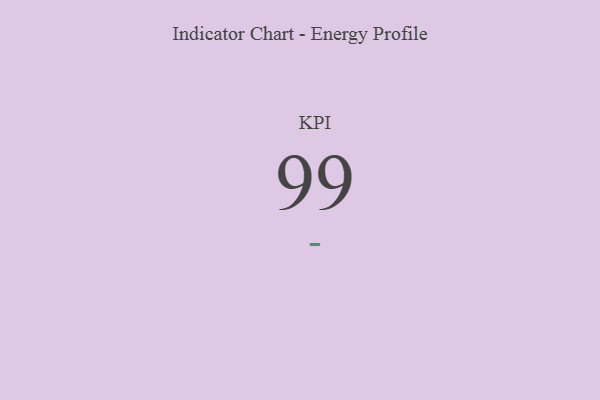
{"axis": {"x": "KPI", "y": "Value"}, "legend": [""], "data": [{"x": "KPI", "y": 99, "type": ""}]}